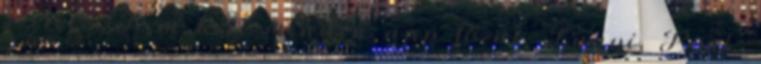
szelet . Nem kell minden nap főzni. Ennyi. Pont.